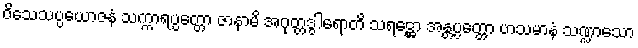
ဝိသေသပ္ပယောဇနံ သက္ကာရပ္ပတ္တော ဇာနာမိ အဂုတ္တဒွါရောတိ သရဋ္ဌော အန္တပ္ပတ္တော ဟသမာနံ သဏ္ဍာသော